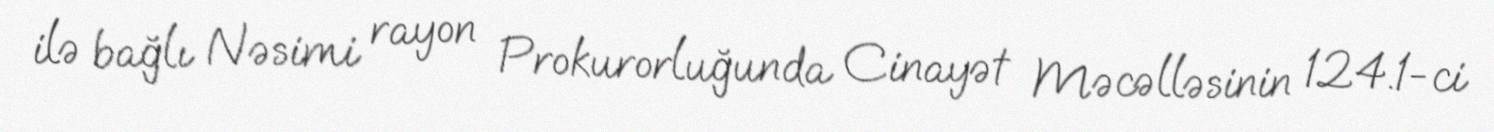
ilə bağlı Nəsimi rayon Prokurorluğunda Cinayət Məcəlləsinin 124.1-ci